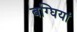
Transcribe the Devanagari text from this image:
बग्घियां